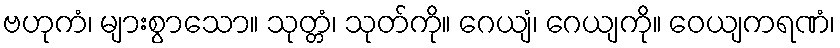
ဗဟုကံ၊ များစွာသော။ သုတ္တံ၊ သုတ်ကို။ ဂေယျံ၊ ဂေယျကို။ ဝေယျကရဏံ၊